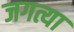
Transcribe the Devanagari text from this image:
जगत्या